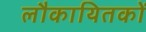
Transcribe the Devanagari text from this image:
लौकायितकों